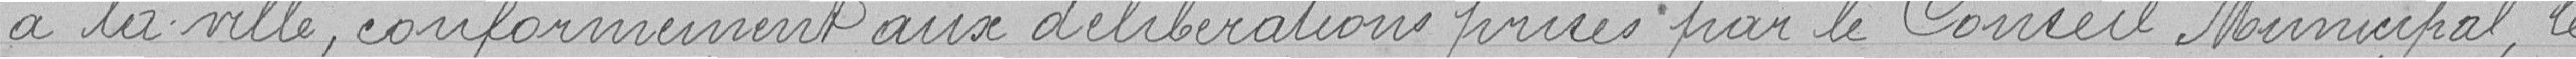
à la ville conformément aux délibérations privées par le Conseil Municipal, le